Scottish Certificate of Education, 1962
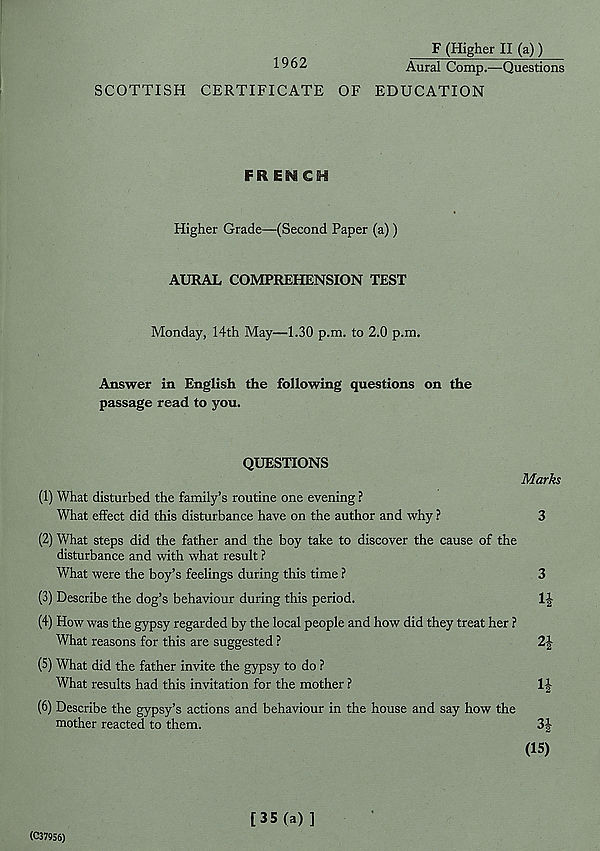
F (Higher II (a))
1962
Aural Comp.—Questions
SCOTTISH CERTIFICATE OF EDUCATION
FRENCH
Higher Grade—(Second Paper (a))
AURAL COMPREHENSION TEST
Monday, 14th May—1.30 p.m. to 2.0 p.m.
Answer in English the following questions on the
passage read to you.
QUESTIONS
Marks
(1) What disturbed the family’s routine one evening ?
What effect did this disturbance have on the author and why ?
3
(2) What steps did the father and the boy take to discover the cause of the
disturbance and with what result ?
What were the boy’s feelings during this time ?
3
(3) Describe the dog’s behaviour during this period.
1£
(4) How was the gypsy regarded by the local people and how did they treat her ?
What reasons for this are suggested ?
2-|-
(5) What did the father invite the gypsy to do ?
What results had this invitation for the mother ?
1-|
(6) Describe the gypsy’s actions and behaviour in the house and say how the
mother reacted to them.
3J
(15)
(C37956)
[35(a)]